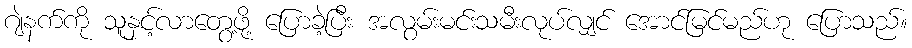
ဂျဲနက်ကို သူနှင့်လာတွေ့ဖို့ ပြောခဲ့ပြီး အလွမ်းမင်းသမီးလုပ်လျှင် အောင်မြင်မည်ဟု ပြောသည်။